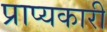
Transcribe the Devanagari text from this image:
प्राप्यकारी